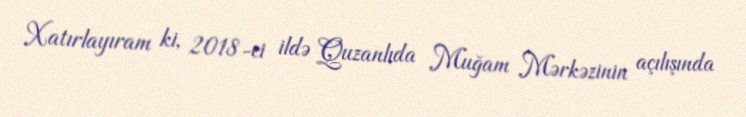
Xatırlayıram ki, 2018-ci ildə Quzanlıda Muğam Mərkəzinin açılışında